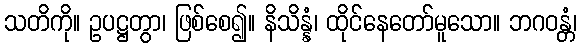
သတိကို။ ဥပဋ္ဌတွာ၊ ဖြစ်စေ၍။ နိသိန္နံ၊ ထိုင်နေတော်မူသော။ ဘဂဝန္တံ၊